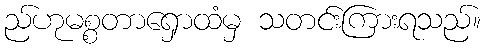
ည်ဟုမစ္စတာရှောထံမှ သတင်းကြားရသည်။